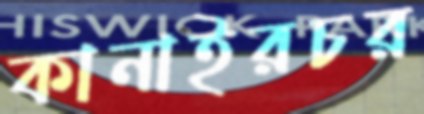
কানাইরচর